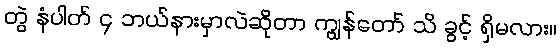
တွဲ နံပါတ် ၄ ဘယ်နားမှာလဲဆိုတာ ကျွန်တော် သိ ခွင့် ရှိမလား။